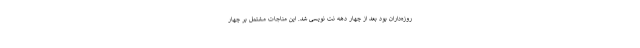
روزه‌داران بود بعد از چهار دهه نت نویسی شد. این مناجات مشتمل بر چهار